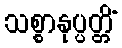
သစ္စာနုပ္ပတ္တိံ